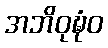
အဘိဝုဍ္ဎံဝ